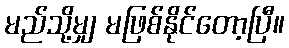
မည်သို့မျှ မဖြစ်နိုင်တော့ပြီ။